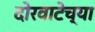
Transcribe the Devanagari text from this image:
दोरवाटेच्या